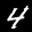
Label: 4